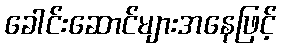
ခေါင်းဆောင်များအနေဖြင့်